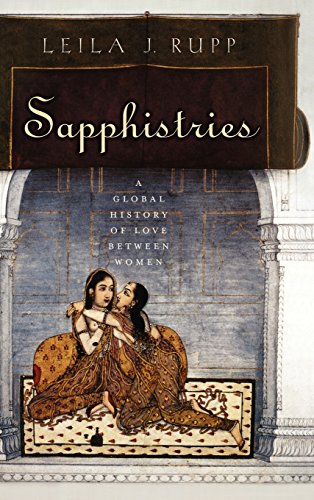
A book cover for Sapphistries: A Global History of Love between Women (Intersections); Leila J. Rupp; Gay & Lesbian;